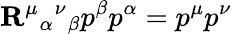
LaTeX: {\mathbf R}^{\mu}{}_{\alpha}{}^{\nu}{}_{\beta}p^{\beta}p^{\alpha}=p^{\mu}p^{\nu}